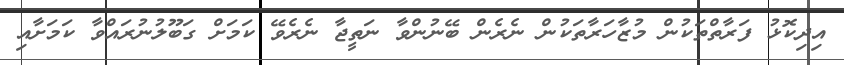
އިދިކޮޅު ފަރާތްތަކުން މުޒާހަރާތަކުން ނެރެން ބޭނުންވާ ނަތީޖާ ނެރެވޭ ކަމަށް ގަބޫލުނުރައްވާ ކަމަށާއި